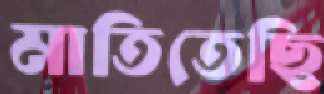
মাতিতেছি